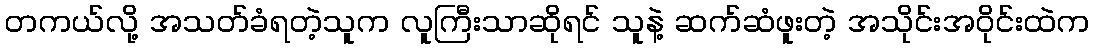
တကယ်လို့ အသတ်ခံရတဲ့သူက လူကြီးသာဆိုရင် သူနဲ့ ဆက်ဆံဖူးတဲ့ အသိုင်းအဝိုင်းထဲက